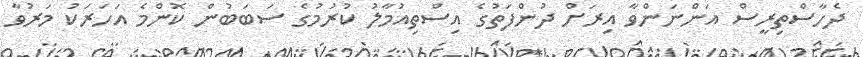
ދެހާސްތިރީސް އަންނަންވާ އިރަށް ދުންފަތުގެ އިސްތިއުމާލު ކުރުމުގެ ސަބަބުން ކޮންމެ އަހަރަކު މަރުވާ